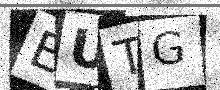
Text: EUTG